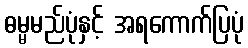
ဓမ္မမည်ပုံနှင့် အရကောက်ပြပုံ